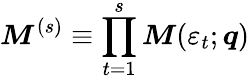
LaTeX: \boldsymbol{M}^{(s)}\equiv\prod_{t=1}^{s}\boldsymbol{M}(\varepsilon_{t};\boldsymbol{q})